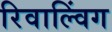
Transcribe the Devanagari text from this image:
रिवाल्विंग